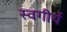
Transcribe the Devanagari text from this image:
स्वगीर्य